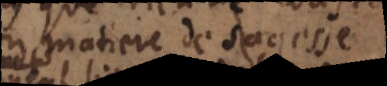
matiere de sagesse